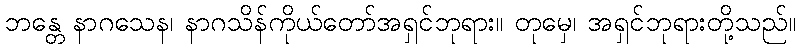
ဘန္တေ နာဂသေန၊ နာဂသိန်ကိုယ်တော်အရှင်ဘုရား။ တုမှေ၊ အရှင်ဘုရားတို့သည်။